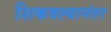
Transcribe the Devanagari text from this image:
शिकवल्यानंतर